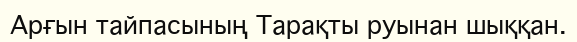
Арғын тайпасының Тарақты руынан шыққан.